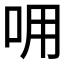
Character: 𠰩